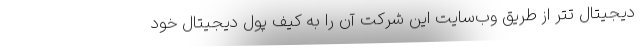
دیجیتال تتر از طریق وب‌سایت این شرکت آن را به کیف پول دیجیتال خود